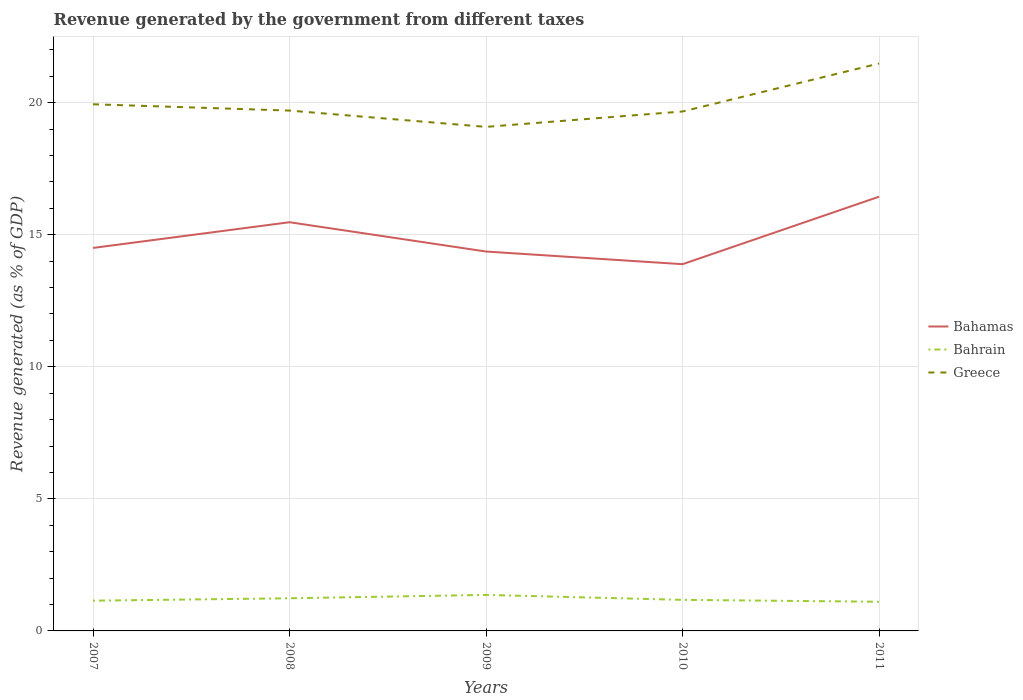
| Years | Bahamas | Bahrain | Greece |
 | --- | --- | --- | --- |
 | 2007 | 14.5 | 1.15 | 19.9 |
 | 2008 | 15.5 | 1.24 | 19.7 |
 | 2009 | 14.4 | 1.36 | 19.1 |
 | 2010 | 13.9 | 1.18 | 19.7 |
 | 2011 | 16.4 | 1.1 | 21.5 |